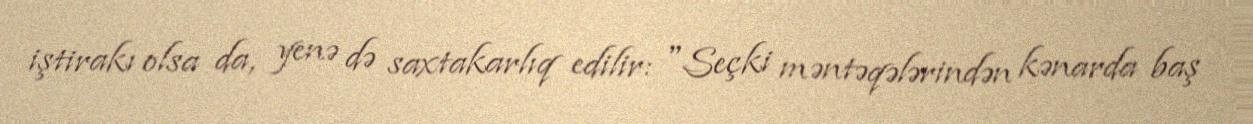
iştirakı olsa da, yenə də saxtakarlıq edilir: "Seçki məntəqələrindən kənarda baş